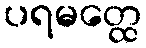
ပရမတ္ထေ